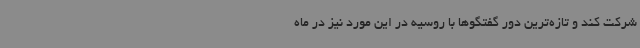
شرکت کند و تازه‌ترین دور گفتگوها با روسیه در این مورد نیز در ماه